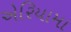
એરિયામા